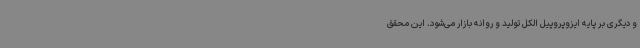
و دیگری بر پایه ایزوپروپیل الکل تولید و روانه بازار می‌شود. این محقق